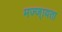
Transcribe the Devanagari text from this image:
मज्ज्ायता